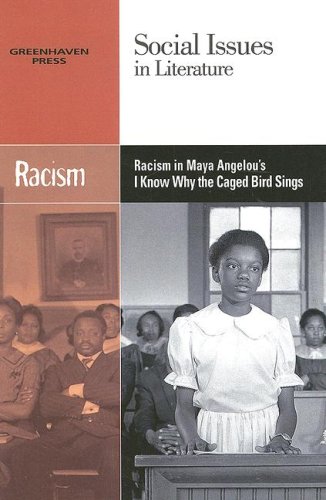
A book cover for Racism in Maya Angelou's I Know Why the Caged Bird Sings (Social Issues in Literature); Claudia Durst Johnson; Teen & Young Adult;